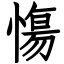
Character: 慯